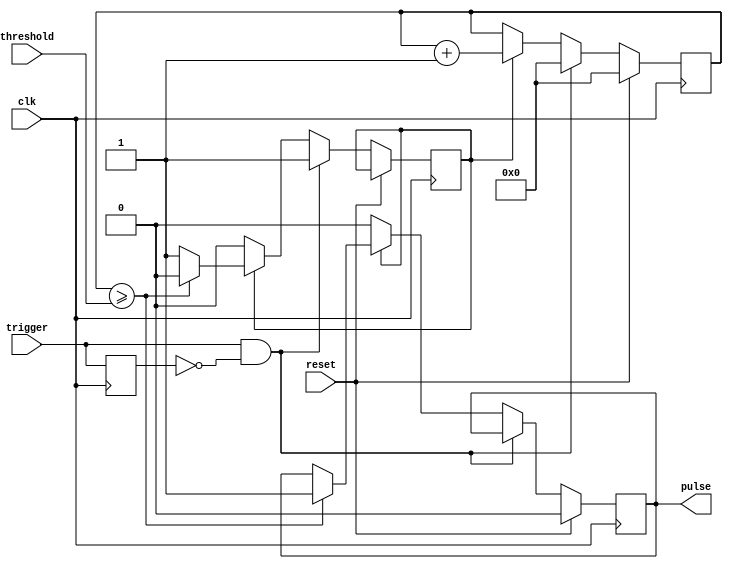
module one_shot_timer (
    input wire clk,
    input wire trigger,
    input wire reset,
    input wire [7:0] threshold,
    output reg pulse
);

reg [7:0] count;
reg trigger_dly;
reg trigger_prev;

always @(posedge clk) begin
    if (reset) begin
        count <= 0;
        pulse <= 0;
    end else begin
        if (trigger && !trigger_prev) begin
            count <= 0;
            trigger_dly <= 1;
        end else if (trigger_dly) begin
            count <= count + 1;
            if (count >= threshold) begin
                pulse <= 1;
                trigger_dly <= 0;
            end
        end else begin
            pulse <= 0;
        end
    end
    trigger_prev <= trigger;
end

endmodule